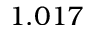
1 . 0 1 7